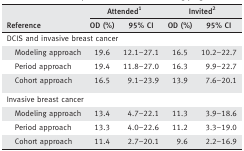
|  | <COLSPAN=2> Attended1 | <COLSPAN=2> Invited2 |
 | Reference | OD (%) | 95% CI | OD (%) | 95% CI |
 | --- | --- | --- | --- | --- |
 | <COLSPAN=5> DCIS and invasive breast cancer |
 | Modeling approach | 19.6 | 12.1–27.1 | 16.5 | 10.2–22.7 |
 | Period approach | 19.4 | 11.8–27.0 | 16.3 | 9.9–22.7 |
 | Cohort approach | 16.5 | 9.1–23.9 | 13.9 | 7.6–20.1 |
 | <COLSPAN=5> Invasive breast cancer |
 | Modeling approach | 13.4 | 4.7–22.1 | 11.3 | 3.9–18.6 |
 | Period approach | 13.3 | 4.0–22.6 | 11.2 | 3.3–19.0 |
 | Cohort approach | 11.4 | 2.7–20.1 | 9.6 | 2.2–16.9 |